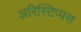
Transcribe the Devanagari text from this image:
अरिस्टिप्पस